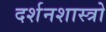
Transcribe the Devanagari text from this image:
दर्शनशास्त्रो